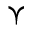
\curlyvee